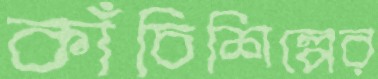
কাঁচিশিল্পের